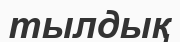
тылдық